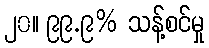
၂၀။ ၉၉.၉% သန့်စင်မှု